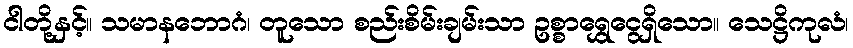
ငါတို့နှင့်။ သမာနဘောဂံ၊ တူသော စည်းစိမ်းချမ်းသာ ဥစ္စာရွှေငွေရှိသော။ သေဋ္ဌိကုလံ၊